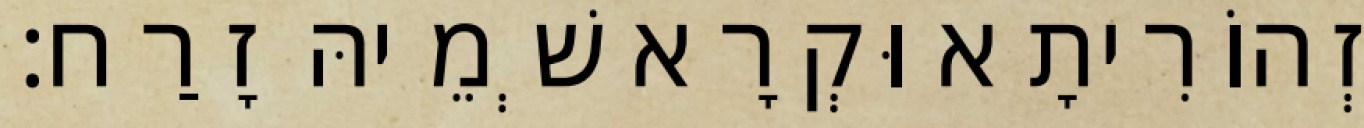
זְהוֹרִיתָא וּקְרָא שְׁמֵיהּ זָרַח׃